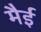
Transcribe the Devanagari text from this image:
मैई